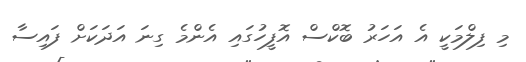
މި ފިލްމަކީ އެ އަހަރު ބޮކްސް އޮފީހުގައި އެންމެ ގިނަ އަދަކަށް ފައިސާ